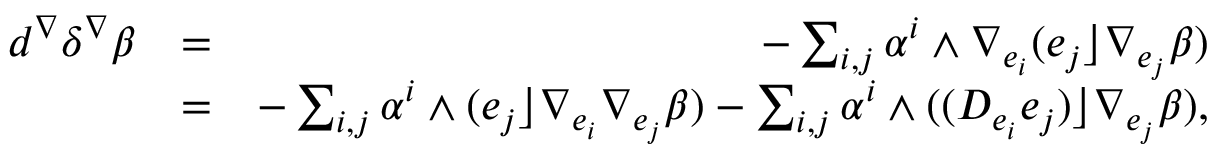
\begin{array} { r l r } { d ^ { \nabla } \delta ^ { \nabla } \beta } & { = } & { - \sum _ { i , j } \alpha ^ { i } \wedge \nabla _ { e _ { i } } ( e _ { j } \rfloor \nabla _ { e _ { j } } \beta ) } \\ & { = } & { - \sum _ { i , j } \alpha ^ { i } \wedge ( e _ { j } \rfloor \nabla _ { e _ { i } } \nabla _ { e _ { j } } \beta ) - \sum _ { i , j } \alpha ^ { i } \wedge ( ( D _ { e _ { i } } e _ { j } ) \rfloor \nabla _ { e _ { j } } \beta ) , } \end{array}